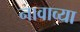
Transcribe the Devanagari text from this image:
नावाव्या